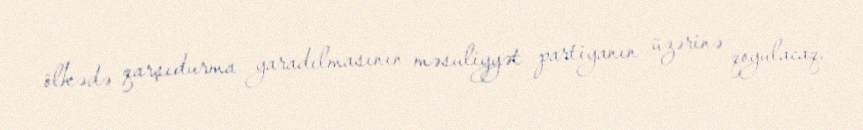
ölkədə qarşıdurma yaradılmasının məsuliyyət partiyanın üzərinə qoyulacaq.